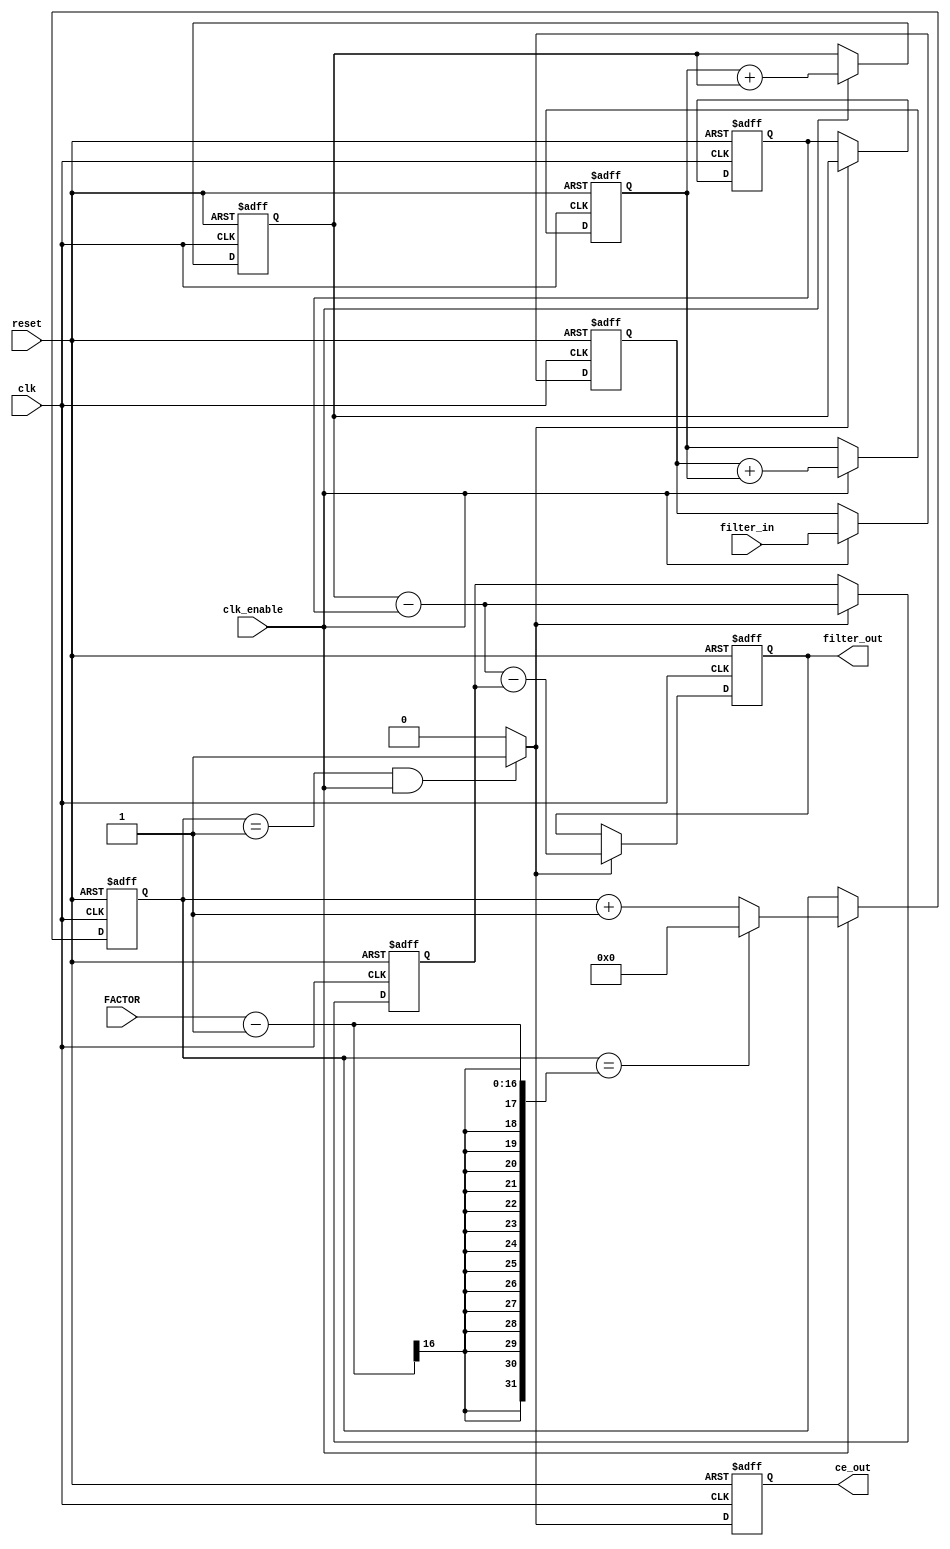
`timescale 1 ns / 1 ns
module CIC_DOWN_S4 #(
	parameter INPUT_WIDTH  = 12,
	parameter OUTPUT_WIDTH = 15
) (
	input   						  clk,
	input   						  clk_enable,
	input   						  reset,
	input		   [15:0]			  FACTOR,
	input   signed [INPUT_WIDTH-1:0]  filter_in,
	output  signed [OUTPUT_WIDTH-1:0] filter_out,
	output  						  ce_out
);

localparam FILTER_WIDTH = OUTPUT_WIDTH;

////////////////////////////////////////////////////////////////
//Module Architecture: CIC_DOWN_S4
////////////////////////////////////////////////////////////////
  // Local Functions
  // Type Definitions
  // Constants
  // Signals
  reg  [15:0] cur_count = 0; // ufix2
  wire phase_1; // boolean
  reg  ce_out_reg = 0; // boolean
  //   
  reg  signed [INPUT_WIDTH-1:0] input_register = 0; // sfix16_En15
  //   -- Section 1 Signals 
  wire signed [INPUT_WIDTH-1:0] section_in1; // sfix16_En15
  wire signed [FILTER_WIDTH-1:0] section_cast1; // sfix20_En15
  wire signed [FILTER_WIDTH-1:0] sum1; // sfix20_En15
  reg  signed [FILTER_WIDTH-1:0] section_out1 = 0; // sfix20_En15
  wire signed [FILTER_WIDTH-1:0] add_cast; // sfix20_En15
  wire signed [FILTER_WIDTH-1:0] add_cast_1; // sfix20_En15
  wire signed [FILTER_WIDTH:0] add_temp; // sfix21_En15
  //   -- Section 2 Signals 
  wire signed [FILTER_WIDTH-1:0] section_in2; // sfix20_En15
  wire signed [FILTER_WIDTH-1:0] sum2; // sfix20_En15
  reg  signed [FILTER_WIDTH-1:0] section_out2 = 0; // sfix20_En15
  wire signed [FILTER_WIDTH-1:0] add_cast_2; // sfix20_En15
  wire signed [FILTER_WIDTH-1:0] add_cast_3; // sfix20_En15
  wire signed [FILTER_WIDTH:0] add_temp_1; // sfix21_En15
  //   -- Section 3 Signals 
  wire signed [FILTER_WIDTH-1:0] section_in3; // sfix20_En15
  reg  signed [FILTER_WIDTH-1:0] diff1 = 0; // sfix20_En15
  wire signed [FILTER_WIDTH-1:0] section_out3; // sfix20_En15
  wire signed [FILTER_WIDTH-1:0] sub_cast; // sfix20_En15
  wire signed [FILTER_WIDTH-1:0] sub_cast_1; // sfix20_En15
  wire signed [FILTER_WIDTH:0] sub_temp; // sfix21_En15
  //   -- Section 4 Signals 
  wire signed [FILTER_WIDTH-1:0] section_in4; // sfix20_En15
  reg  signed [FILTER_WIDTH-1:0] diff2 = 0; // sfix20_En15
  wire signed [FILTER_WIDTH-1:0] section_out4; // sfix20_En15
  wire signed [FILTER_WIDTH-1:0] sub_cast_2; // sfix20_En15
  wire signed [FILTER_WIDTH-1:0] sub_cast_3; // sfix20_En15
  wire signed [FILTER_WIDTH:0] sub_temp_1; // sfix21_En15
  //   
  reg  signed [FILTER_WIDTH-1:0] output_register = 0; // sfix20_En15

  // Block Statements
  //   ------------------ CE Output Generation ------------------

  always @ (posedge clk or posedge reset)
    begin: ce_output
      if (reset == 1'b1) begin
        cur_count <= 16'd0;
      end
      else begin
        if (clk_enable == 1'b1) begin
          if (cur_count == FACTOR-1) begin
            cur_count <= 16'd0;
          end
          else begin
            cur_count <= cur_count + 1;
          end
        end
      end
    end // ce_output

  assign  phase_1 = (cur_count == 16'd1 && clk_enable == 1'b1)? 1 : 0;

  //   ------------------ CE Output Register ------------------

  always @ (posedge clk or posedge reset)
    begin: ce_output_register
      if (reset == 1'b1) begin
        ce_out_reg <= 1'b0;
      end
      else begin
          ce_out_reg <= phase_1;
      end
    end // ce_output_register

  //   ------------------ Input Register ------------------

  always @ (posedge clk or posedge reset)
    begin: input_reg_process
      if (reset == 1'b1) begin
        input_register <= 0;
      end
      else begin
        if (clk_enable == 1'b1) begin
          input_register <= filter_in;
        end
      end
    end // input_reg_process

  //   ------------------ Section # 1 : Integrator ------------------

  assign section_in1 = input_register;

  assign section_cast1 = $signed({{(FILTER_WIDTH-INPUT_WIDTH){section_in1[INPUT_WIDTH-1]}}, section_in1});

  assign add_cast = section_cast1;
  assign add_cast_1 = section_out1;
  assign add_temp = add_cast + add_cast_1;
  assign sum1 = add_temp[FILTER_WIDTH-1:0];

  always @ (posedge clk or posedge reset)
    begin: integrator_delay_section1
      if (reset == 1'b1) begin
        section_out1 <= 0;
      end
      else begin
        if (clk_enable == 1'b1) begin
          section_out1 <= sum1;
        end
      end
    end // integrator_delay_section1

  //   ------------------ Section # 2 : Integrator ------------------

  assign section_in2 = section_out1;

  assign add_cast_2 = section_in2;
  assign add_cast_3 = section_out2;
  assign add_temp_1 = add_cast_2 + add_cast_3;
  assign sum2 = add_temp_1[FILTER_WIDTH-1:0];

  always @ (posedge clk or posedge reset)
    begin: integrator_delay_section2
      if (reset == 1'b1) begin
        section_out2 <= 0;
      end
      else begin
        if (clk_enable == 1'b1) begin
          section_out2 <= sum2;
        end
      end
    end // integrator_delay_section2

  //   ------------------ Section # 3 : Comb ------------------

  assign section_in3 = section_out2;

  assign sub_cast = section_in3;
  assign sub_cast_1 = diff1;
  assign sub_temp = sub_cast - sub_cast_1;
  assign section_out3 = sub_temp[FILTER_WIDTH-1:0];

  always @ (posedge clk or posedge reset)
    begin: comb_delay_section3
      if (reset == 1'b1) begin
        diff1 <= 0;
      end
      else begin
        if (phase_1 == 1'b1) begin
          diff1 <= section_in3;
        end
      end
    end // comb_delay_section3

  //   ------------------ Section # 4 : Comb ------------------

  assign section_in4 = section_out3;

  assign sub_cast_2 = section_in4;
  assign sub_cast_3 = diff2;
  assign sub_temp_1 = sub_cast_2 - sub_cast_3;
  assign section_out4 = sub_temp_1[FILTER_WIDTH-1:0];

  always @ (posedge clk or posedge reset)
    begin: comb_delay_section4
      if (reset == 1'b1) begin
        diff2 <= 0;
      end
      else begin
        if (phase_1 == 1'b1) begin
          diff2 <= section_in4;
        end
      end
    end // comb_delay_section4

  //   ------------------ Output Register ------------------

  always @ (posedge clk or posedge reset)
    begin: output_reg_process
      if (reset == 1'b1) begin
        output_register <= 0;
      end
      else begin
        if (phase_1 == 1'b1) begin
          output_register <= section_out4;
        end
      end
    end // output_reg_process

  // Assignment Statements
  assign ce_out = ce_out_reg;
  assign filter_out = output_register;
endmodule  // CIC_DOWN_S4